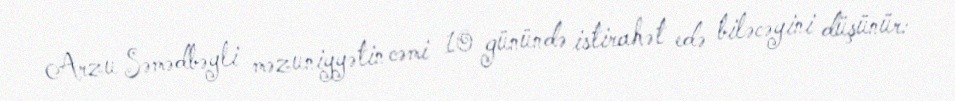
Arzu Səmədbəyli məzuniyyətin cəmi 10 günündə istirahət edə biləcəyini düşünür: